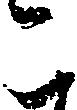
こ